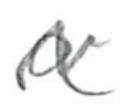
Text: a
Cross-out: zig-zag
Writing tool: pencil